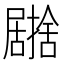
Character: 𭕹